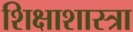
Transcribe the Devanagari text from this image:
शिक्षाशास्त्रा